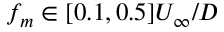
f _ { m } \in [ 0 . 1 , 0 . 5 ] U _ { \infty } / D